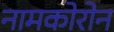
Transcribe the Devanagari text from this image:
नामकोरोन